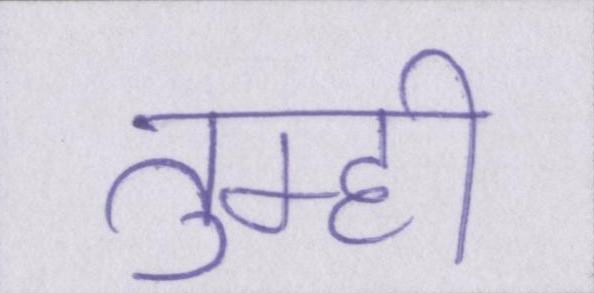
तुम्ही